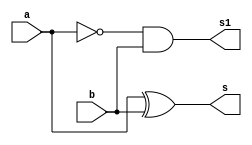
// ---------------------
// Exemplo 05_02- Diferena com 2 bits
// Nome: Marcio Santana Correa 345368
// ---------------------

// ---------------------
// -- diferenca com 2 bits
// ---------------------
module meiadiferenca(s, s1, a, b);
input a, b;
output s, s1;
wire s2;
xor XOR1 (s,a,b);
not NOT1 (s2, a);
and AND1 (s1,s2,b);
endmodule//meiasoma
module diferencacompleta(s2, s4, a, b, c);
input a, b, c;
output  s2, s4;
wire s, s1, s3;
meiadiferenca MD1 (s, s1, a, b);
meiadiferenca MD2 (s2, s3, s, c);
or OR1 (s4, s1, s3);
endmodule//somacompleta
// ---------------------
// -- diferenca com 2 bits
// ---------------------

module testdiferencacombits;
 reg   a, b, c, d;
 wire  s, s1, s2, s3;
          // instancia
meiadiferenca MD3(s,s1,b,d);

diferencacompleta SC1(s2, s3, s1, a, c);

initial begin: start
a=0; b=0; c=0; d=0;
end
 
          // parte principal
 initial begin : main
      $display("Marcio Santana Correa 345368");
      $display("Test Diferenca com 2 bits ");
      $display("\n ab - cd = s\n");
 	   $monitor("%b%b - %b%b = %b%b", a, b, c, d, s2, s);
 		#1 a=0; b=0; c=0; d=1;
		#1 a=0; b=0; c=1; d=0;
		#1 a=0; b=0; c=1; d=1;
		#1 a=0; b=1; c=0; d=0;
		#1 a=0; b=1; c=0; d=1;
		#1 a=0; b=1; c=1; d=0;
		#1 a=0; b=1; c=1; d=1;
		#1 a=1; b=0; c=0; d=0;
		#1 a=1; b=0; c=0; d=1;
		#1 a=1; b=0; c=1; d=0;
		#1 a=1; b=0; c=1; d=1;
		#1 a=1; b=1; c=0; d=0;
		#1 a=1; b=1; c=0; d=1;
		#1 a=1; b=1; c=1; d=0;
	   #1 a=1; b=1; c=1; d=1;
		
 end

endmodule // test